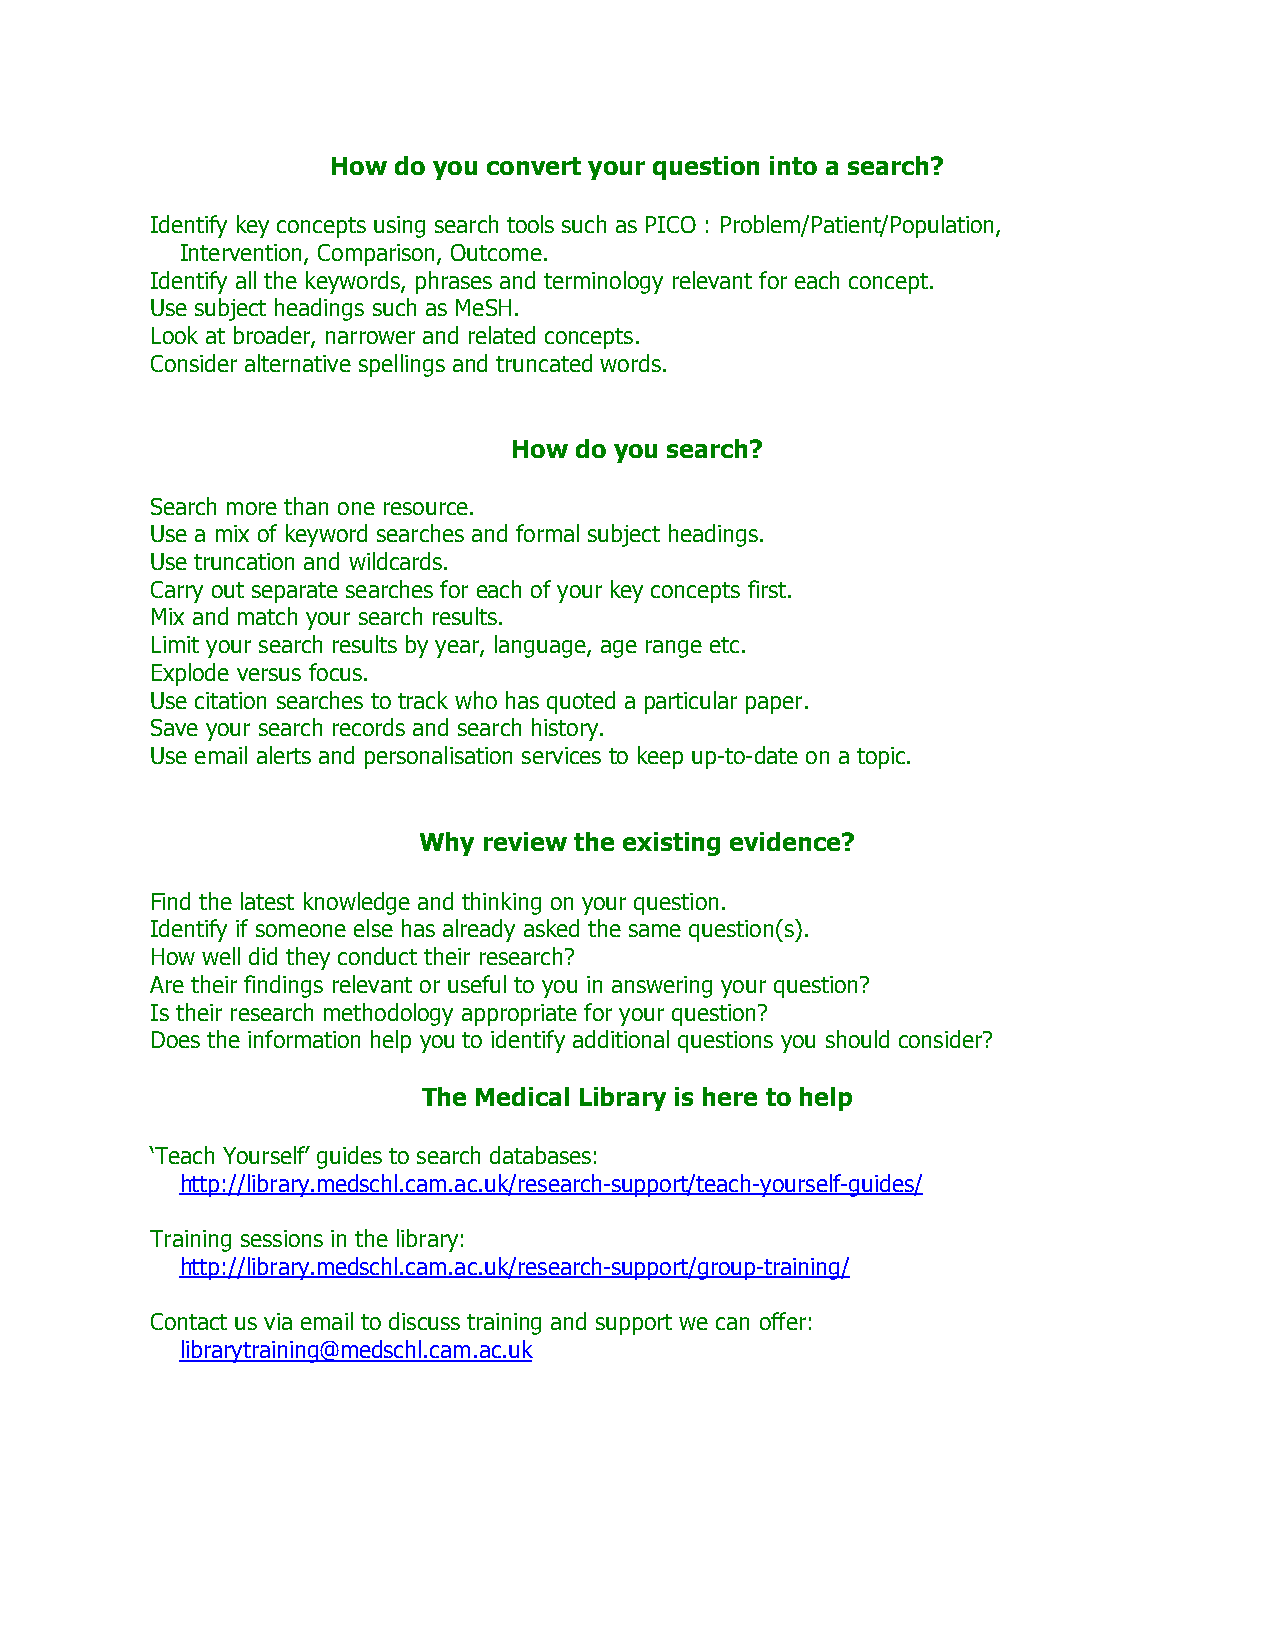
How do you convert your question into a search?
 Identify key concepts using search tools such as PICO : Problem/Patient/Population,
 Intervention, Comparison, Outcome.
 Identify all the keywords, phrases and terminology relevant for each concept.
 Use subject headings such as MeSH.
 Look at broader, narrower and related concepts.
 Consider alternative spellings and truncated words.
 How do you search?
 Search more than one resource.
 Use a mix of keyword searches and formal subject headings.
 Use truncation and wildcards.
 Carry out separate searches for each of your key concepts first.
 Mix and match your search results.
 Limit your search results by year, language, age range etc.
 Explode versus focus.
 Use citation searches to track who has quoted a particular paper.
 Save your search records and search history.
 Use email alerts and personalisation services to keep up-to-date on a topic.
 Why review the existing evidence?
 Find the latest knowledge and thinking on your question.
 Identify if someone else has already asked the same question(s).
 How well did they conduct their research?
 Are their findings relevant or useful to you in answering your question?
 Is their research methodology appropriate for your question?
 Does the information help you to identify additional questions you should consider?
 The Medical Library is here to help
 ‘Teach Yourself’ guides to search databases:
 http://library.medschl.cam.ac.uk/research-support/teach-yourself-guides/
 Training sessions in the library:
 http://library.medschl.cam.ac.uk/research-support/group-training/
 Contact us via email to discuss training and support we can offer:
 librarytraining@medschl.cam.ac.uk